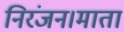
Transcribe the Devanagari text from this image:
निरंजन।माता